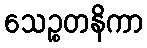
သေဉ္စတနိကာ